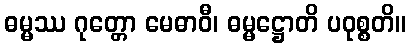
ဓမ္မဿ ဂုတ္တော မေဓာဝီ၊ ဓမ္မဋ္ဌောတိ ပဝုစ္စတိ။